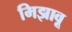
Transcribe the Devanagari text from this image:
मिझावू